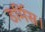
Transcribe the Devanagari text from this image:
डर्मिस।